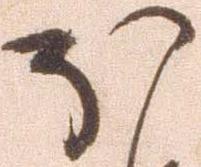
ほ